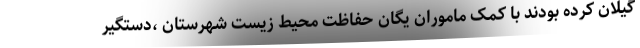
گیلان کرده بودند با کمک ماموران یگان حفاظت محیط زیست شهرستان ،دستگیر